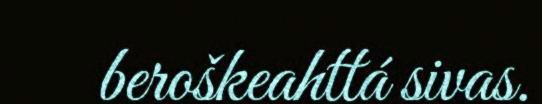
beroškeahttá sivas.